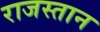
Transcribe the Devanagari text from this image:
राजस्तान